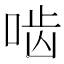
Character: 啮